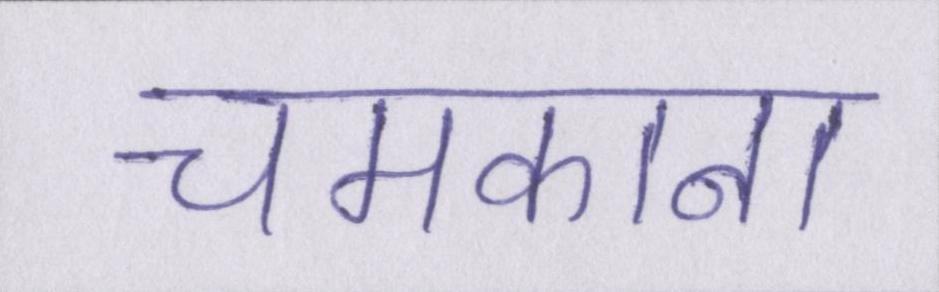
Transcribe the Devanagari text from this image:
चमकाना